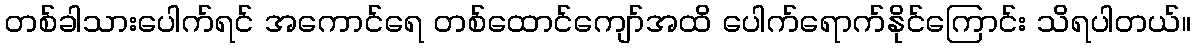
တစ်ခါသားပေါက်ရင် အကောင်ရေ တစ်ထောင်ကျော်အထိ ပေါက်ရောက်နိုင်ကြောင်း သိရပါတယ်။